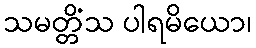
သမတ္တိံသ ပါရမိယော၊